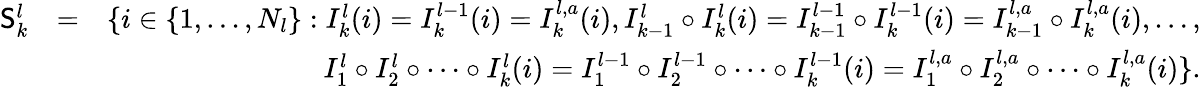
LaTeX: \begin{array}{rlr}{\mathsf{S}_{k}^{l}}&{=}&{\{ i\in\{ 1,\dots,N_{l}\} :I_{k}^{l}(i)=I_{k}^{l-1}(i)=I_{k}^{l,a}(i),I_{k-1}^{l}\circ I_{k}^{l}(i)=I_{k-1}^{l-1}\circ I_{k}^{l-1}(i)=I_{k-1}^{l,a}\circ I_{k}^{l,a}(i),\dots,}\\ &{}&{I_{1}^{l}\circ I_{2}^{l}\circ\cdots\circ I_{k}^{l}(i)=I_{1}^{l-1}\circ I_{2}^{l-1}\circ\cdots\circ I_{k}^{l-1}(i)=I_{1}^{l,a}\circ I_{2}^{l,a}\circ\cdots\circ I_{k}^{l,a}(i)\} .}\end{array}